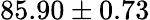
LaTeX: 85.90\pm 0.73